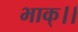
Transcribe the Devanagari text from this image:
भाक्।।